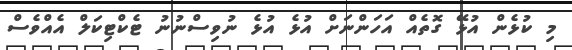
މި ކުޅެން އުޅޭ ގޮތެއް އަހަންނަށް އުޅެ އުޅެ ނުވިސްނުނު ޓެކްޓިކަލް އެއްވެސް